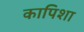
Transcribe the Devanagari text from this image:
कापिशा